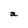
Character: a